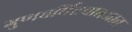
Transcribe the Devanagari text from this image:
गुणवर्धितवातजात